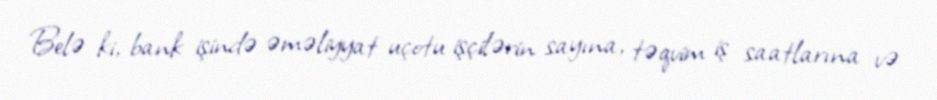
Belə ki, bank işində əməliyyat uçotu işçilərin sayına, təqvim iş saatlarına və